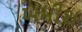
ખમીશ